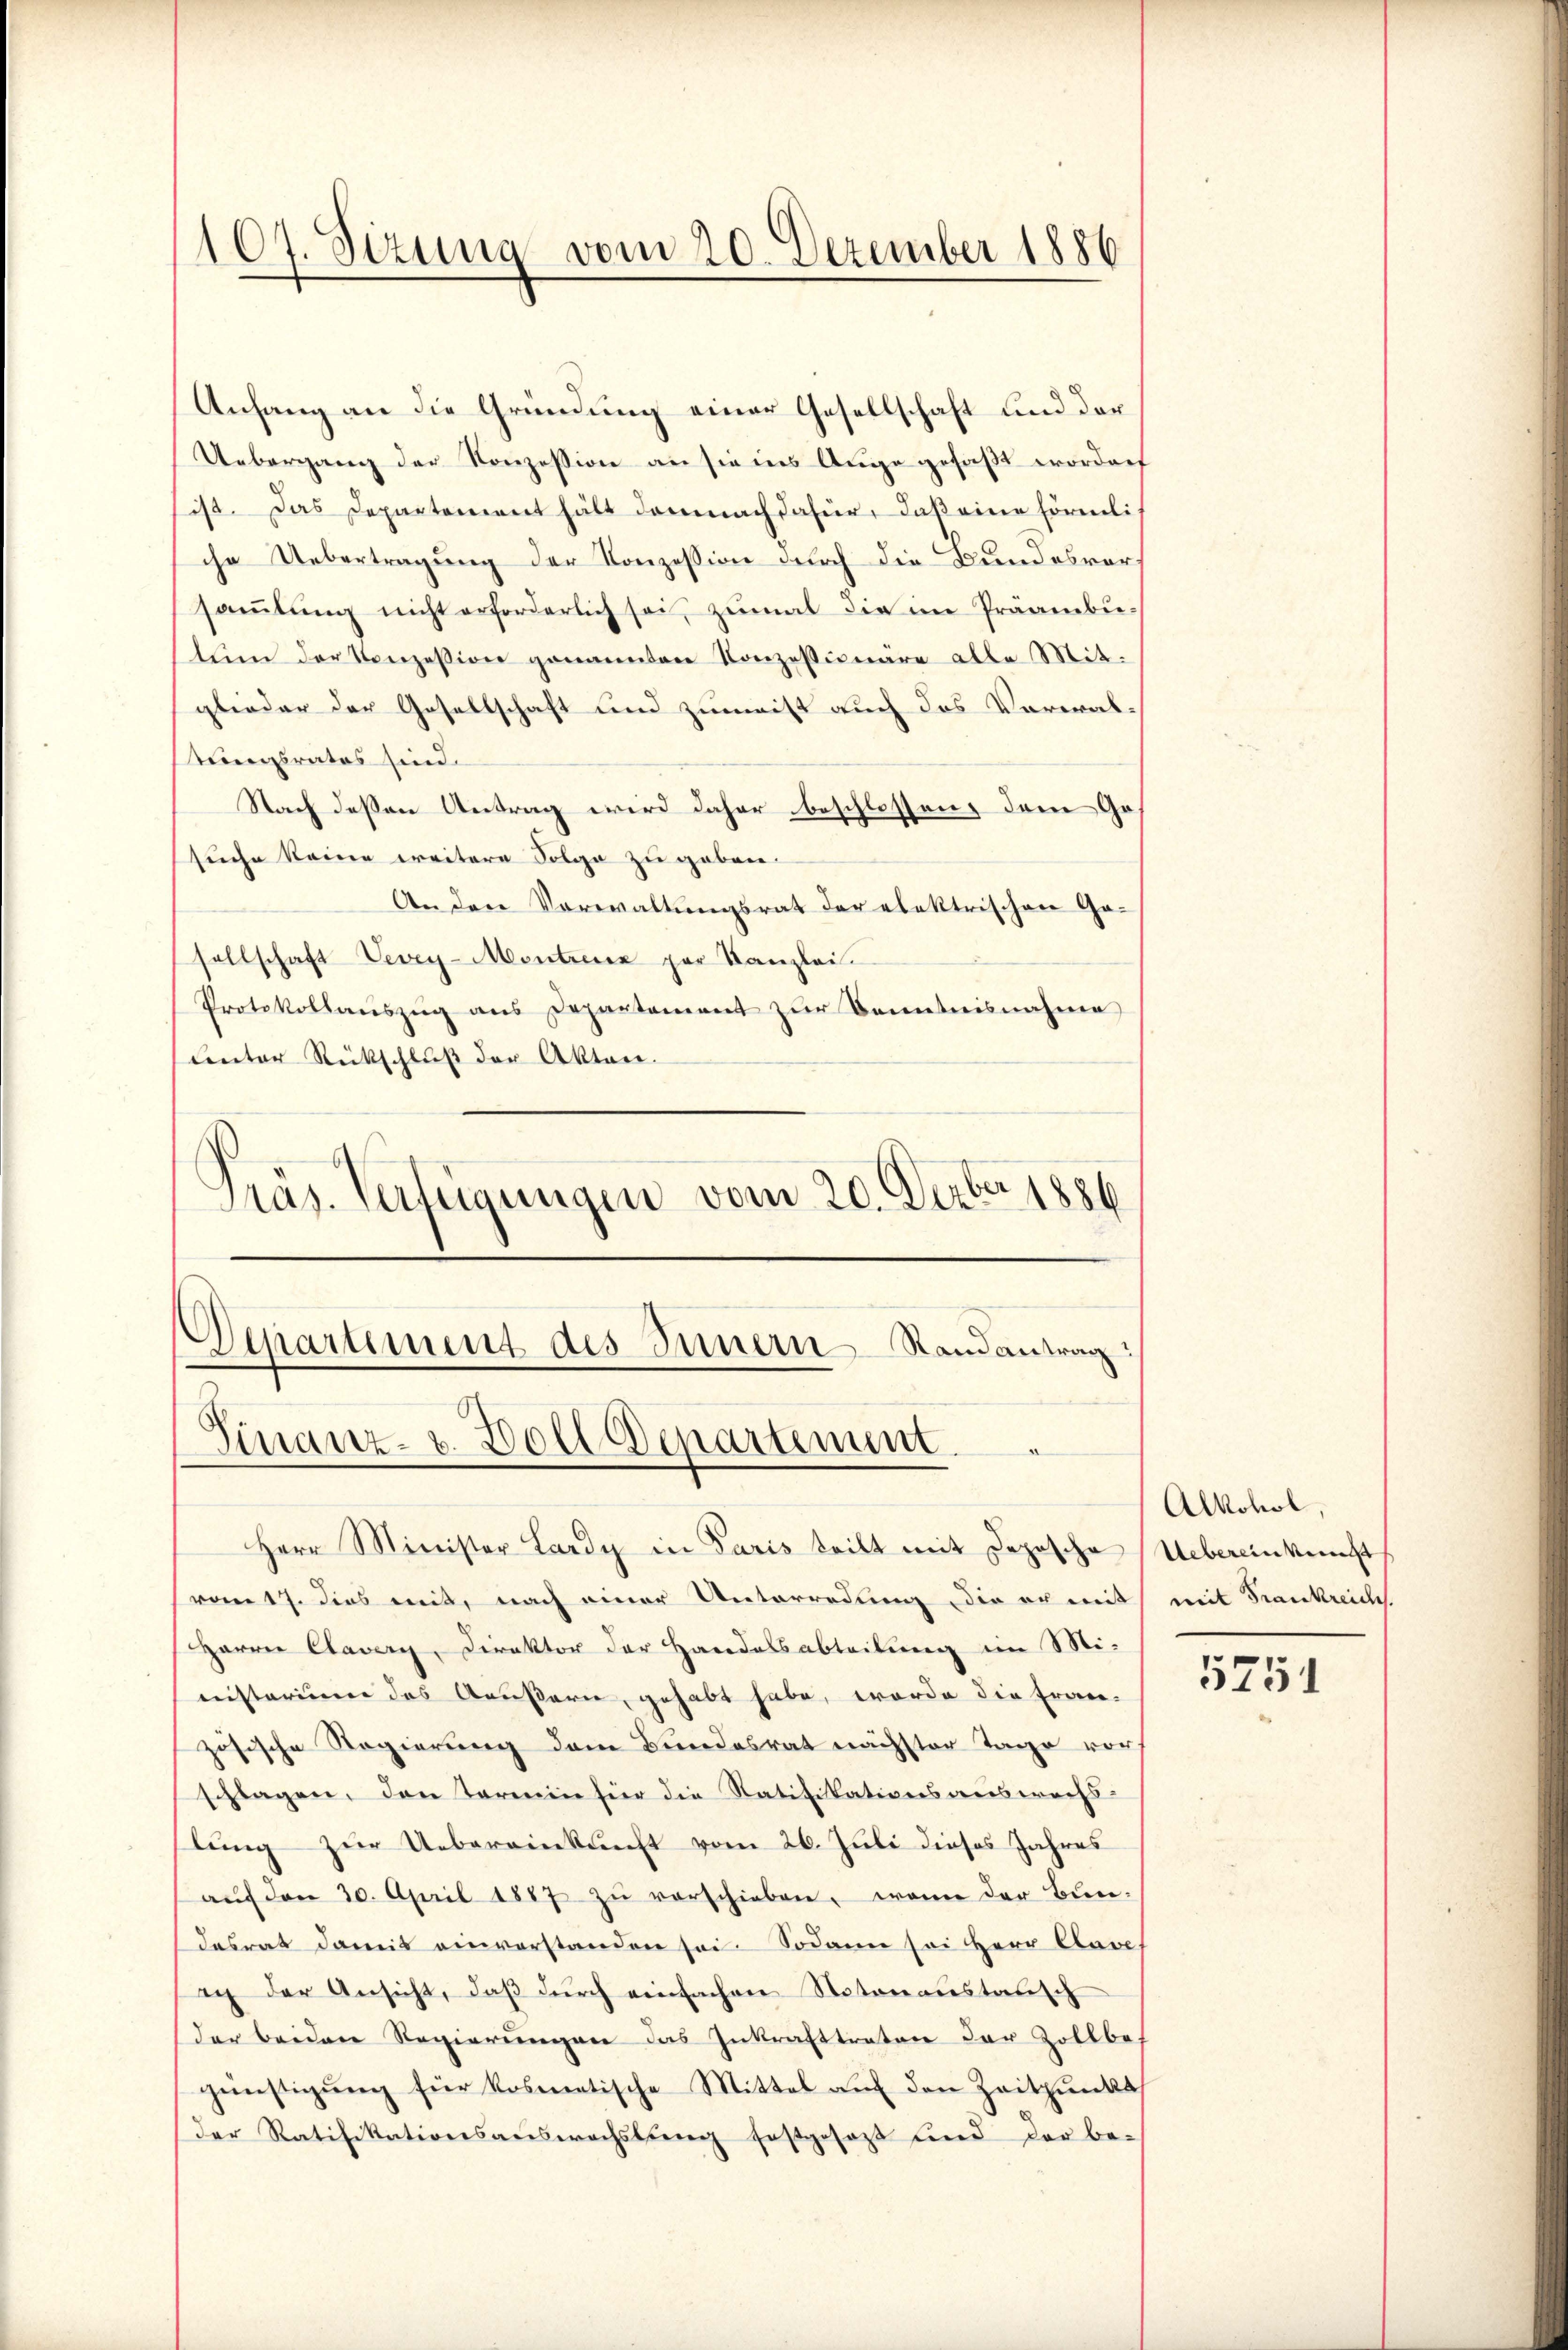
107. Sizung vom 20. Dezember 1886

Anfang an die Gründung einer Gesellschaft und der
Uebergang der Konzession an sie ins Auge gefaßt worden
sist. Das Departement hält demnach dafür, daß eine förmliche Uebertragung der Konzession durch die Bundesvorsammlung nicht erforderlich sei, zumal die im Präambutum der Konzession genannten Konzessionäre alle Mitglieder der Gesellschaft und zumeist auch das Verwaltungsrates sind.
Nach dessen Antrag wird daher beschlossen, dem Gos
suche keine weitere Folge zu geben.
An den Vorwaltungsrat der elektrischen Gasellschaft Vevey-Montreux par Kanzlei.
Protokollauszug aus Departement zur Kenntnisnahme
unter Rückschluß der Akten.
Präs. Verfügungen vom 20. Derber 1886

Departement des Innern Randantrag:
Finanz- u. Doll Departement

Herr Minister Lardy in Paris teilt mit Deposche Uebereinkunft
vom 17. dies mit, nach einer Unterredung die er mit mit Trankreich
Harrer Clavery, Direktor der Handelsabteilung im Mi-
nnisterium des Aeußern, gehabt habe, worde die Fran-
zösische Regierung dem Bundesrat nächster Tage vor
schlagen, den Termin für die Ratifikationsauswechslung zur Uebereinkunft vom 26. Juli dieses Jahres
aŭf den 30. April 1887 zŭ verschieben, wenn der Bun-
desrat damit einverstanden sei. Sodann sei Herr Clave
ich der Ansicht, daß durch einfachen Notoranstausch
der beiden Regierŭngen das Inkrafttreten der Zollbe-
günstigung für kosmetische Mittel auf den Zeitpunkt
Der Ratifikationsauswachslung festgesagt sind der be-

Alkohol,

5751